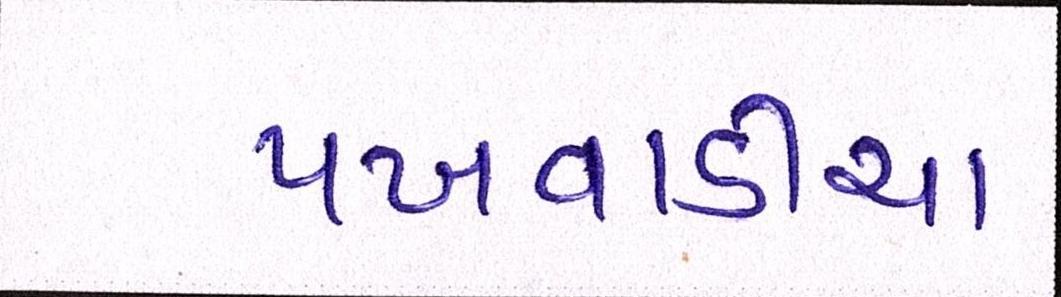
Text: પખવાડીયા